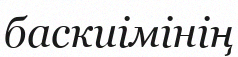
баскиімінің